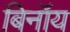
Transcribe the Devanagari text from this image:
बिनॉय